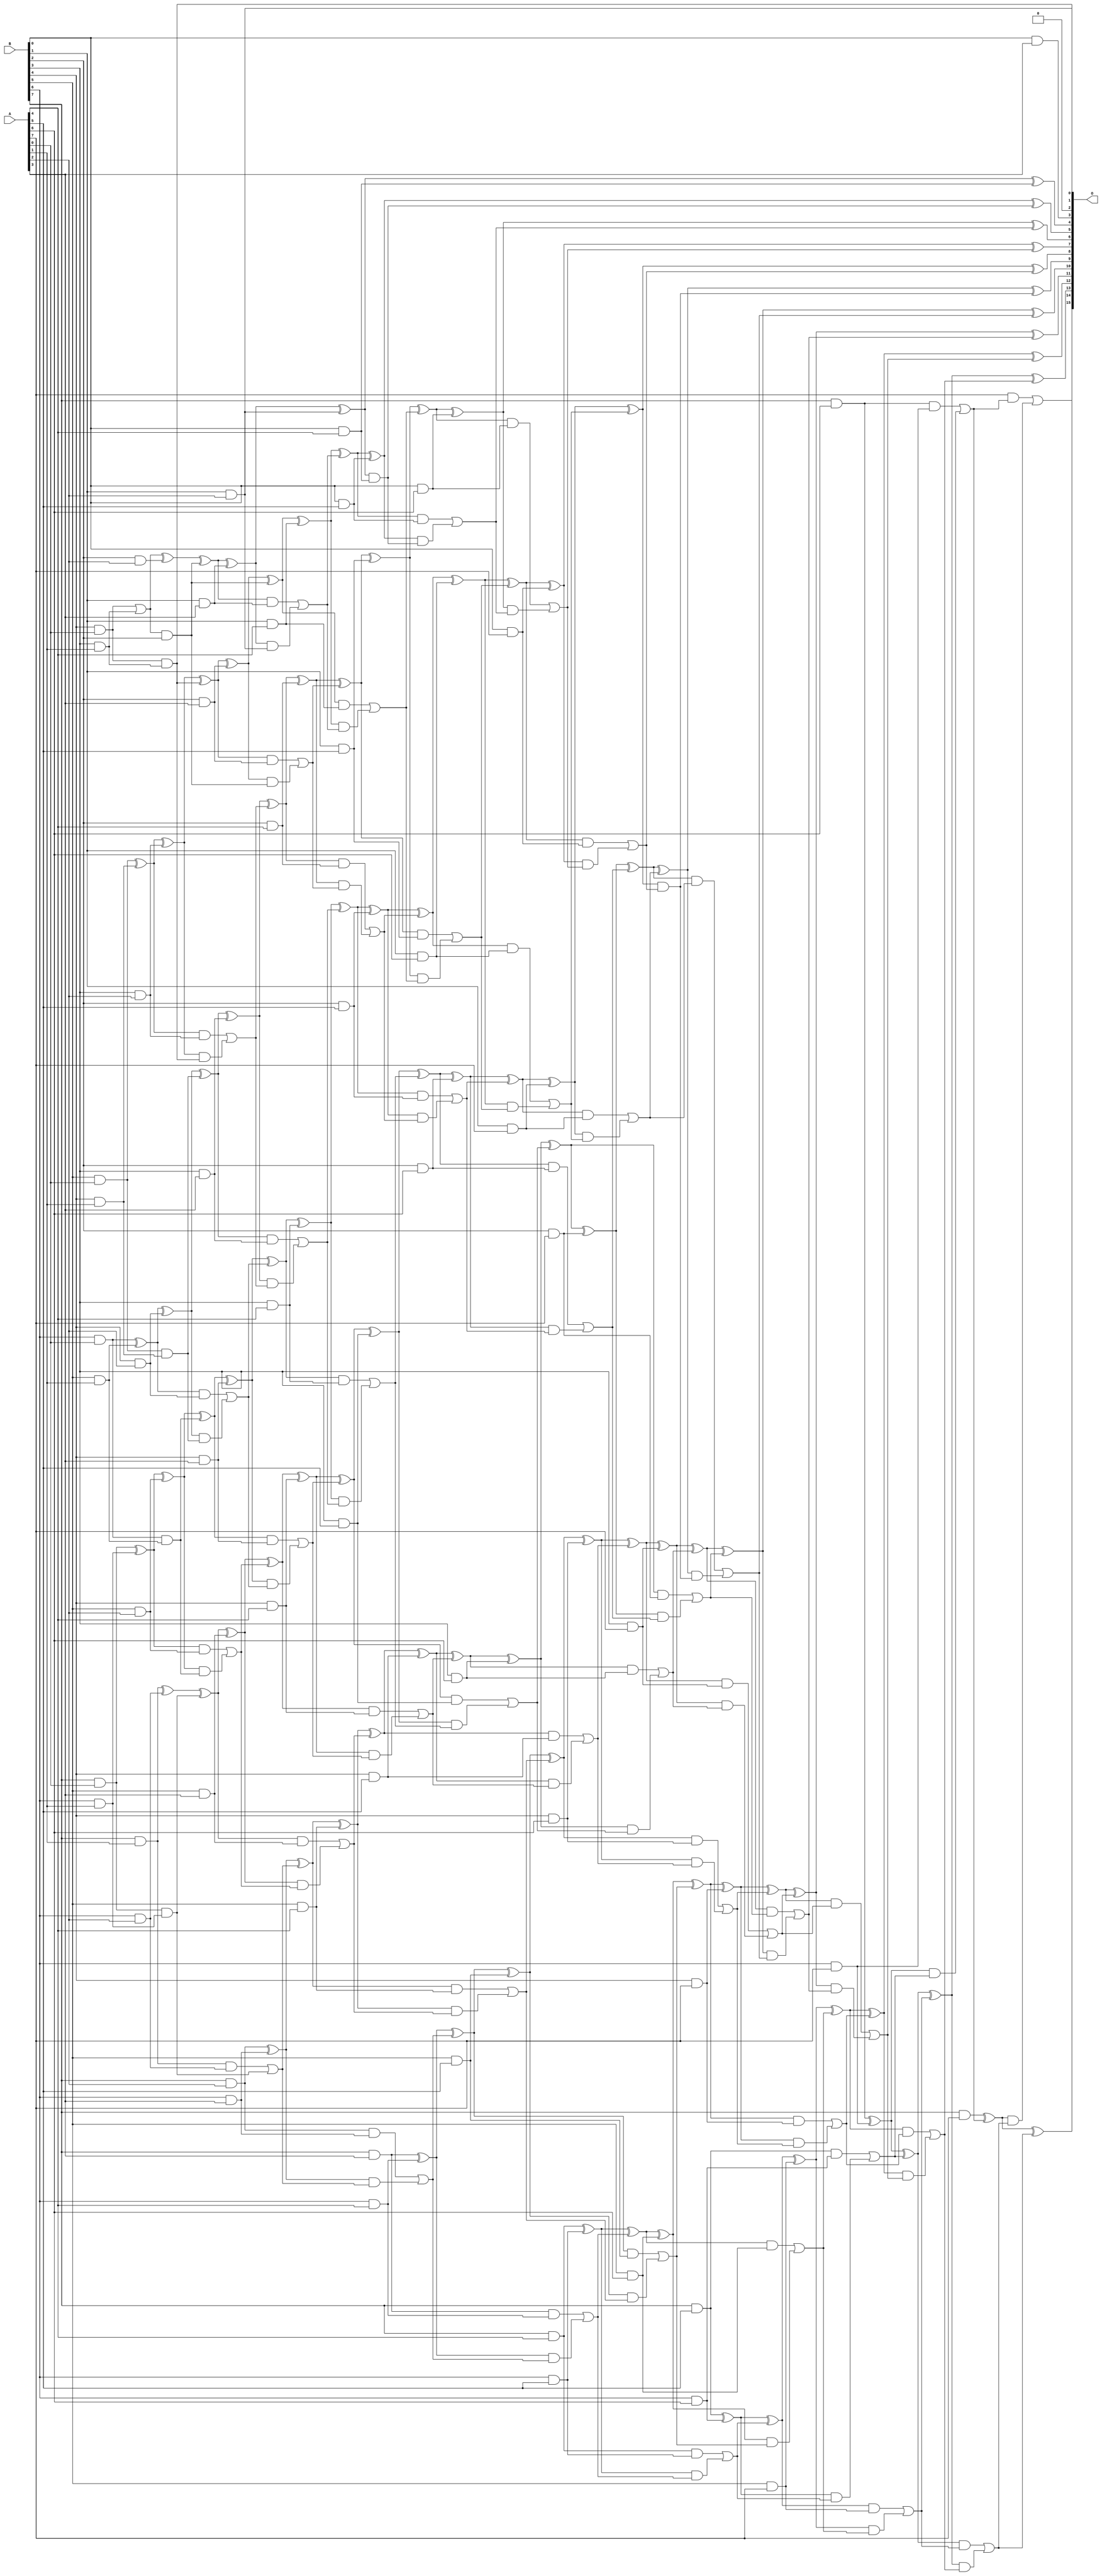
/***
* This code is a part of EvoApproxLib library (ehw.fit.vutbr.cz/approxlib) distributed under The MIT License.
* When used, please cite the following article(s): PRABAKARAN B. S., MRAZEK V., VASICEK Z., SEKANINA L., SHAFIQUE M. ApproxFPGAs: Embracing ASIC-based Approximate Arithmetic Components for FPGA-Based Systems. DAC 2020. 
***/
// MAE% = 0.0085 %
// MAE = 5.6 
// WCE% = 0.032 %
// WCE = 21 
// WCRE% = 125.00 %
// EP% = 75.00 %
// MRE% = 0.32 %
// MSE = 55 
// FPGA_POWER = 1.3
// FPGA_DELAY = 12
// FPGA_LUT = 72

module mul8u_78R (
    A,
    B,
    O
);

input [7:0] A;
input [7:0] B;
output [15:0] O;

wire sig_20,sig_21,sig_22,sig_23,sig_27,sig_28,sig_29,sig_30,sig_31,sig_38,sig_39,sig_40,sig_41,sig_42,sig_43,sig_44,sig_45,sig_47,sig_48,sig_49;
wire sig_50,sig_51,sig_52,sig_53,sig_64,sig_66,sig_67,sig_69,sig_70,sig_71,sig_72,sig_73,sig_74,sig_75,sig_76,sig_77,sig_78,sig_79,sig_80,sig_81;
wire sig_82,sig_83,sig_84,sig_85,sig_87,sig_88,sig_89,sig_90,sig_91,sig_92,sig_93,sig_94,sig_95,sig_96,sig_102,sig_103,sig_104,sig_105,sig_106,sig_107;
wire sig_108,sig_109,sig_110,sig_111,sig_112,sig_113,sig_114,sig_115,sig_116,sig_117,sig_118,sig_119,sig_120,sig_121,sig_122,sig_123,sig_124,sig_125,sig_126,sig_127;
wire sig_128,sig_129,sig_130,sig_131,sig_132,sig_133,sig_134,sig_135,sig_136,sig_137,sig_138,sig_139,sig_140,sig_141,sig_145,sig_146,sig_147,sig_148,sig_149,sig_150;
wire sig_151,sig_152,sig_153,sig_154,sig_155,sig_156,sig_157,sig_158,sig_159,sig_160,sig_161,sig_162,sig_163,sig_164,sig_165,sig_166,sig_167,sig_168,sig_169,sig_170;
wire sig_171,sig_172,sig_173,sig_174,sig_175,sig_176,sig_177,sig_178,sig_179,sig_180,sig_181,sig_182,sig_183,sig_184,sig_185,sig_186,sig_187,sig_188,sig_189,sig_190;
wire sig_191,sig_192,sig_193,sig_194,sig_195,sig_196,sig_197,sig_198,sig_199,sig_200,sig_201,sig_202,sig_203,sig_204,sig_205,sig_206,sig_207,sig_208,sig_209,sig_210;
wire sig_211,sig_212,sig_213,sig_214,sig_215,sig_216,sig_217,sig_218,sig_219,sig_220,sig_221,sig_222,sig_223,sig_224,sig_225,sig_226,sig_227,sig_228,sig_229,sig_230;
wire sig_231,sig_232,sig_233,sig_234,sig_235,sig_236,sig_237,sig_238,sig_239,sig_240,sig_241,sig_242,sig_243,sig_244,sig_245,sig_246,sig_247,sig_248,sig_249,sig_250;
wire sig_251,sig_252,sig_253,sig_254,sig_255,sig_256,sig_257,sig_258,sig_259,sig_260,sig_261,sig_262,sig_263,sig_264,sig_265,sig_266,sig_267,sig_268,sig_269,sig_270;
wire sig_271,sig_272,sig_273,sig_274,sig_275,sig_276,sig_277,sig_278,sig_279,sig_280,sig_281,sig_282,sig_283,sig_284,sig_285,sig_286,sig_287,sig_288,sig_289,sig_290;
wire sig_291,sig_292,sig_293,sig_294,sig_295,sig_296,sig_297,sig_298,sig_299,sig_300,sig_301,sig_302,sig_303,sig_304,sig_305,sig_306,sig_307,sig_308,sig_309,sig_310;
wire sig_311,sig_312,sig_313,sig_314,sig_315,sig_316,sig_317,sig_318,sig_319,sig_320,sig_321,sig_322,sig_323,sig_324,sig_325,sig_326,sig_327,sig_328,sig_329,sig_330;
wire sig_331,sig_332,sig_333,sig_334,sig_335;

assign sig_20 = B[4] & A[0];
assign sig_21 = B[5] & A[0];
assign sig_22 = B[6] & A[0];
assign sig_23 = B[7] & A[0];
assign sig_27 = B[3] & A[1];
assign sig_28 = B[4] & A[1];
assign sig_29 = B[5] & A[1];
assign sig_30 = B[6] & A[1];
assign sig_31 = B[7] & A[1];
assign sig_38 = sig_20 | sig_27;
assign sig_39 = sig_20 & sig_27;
assign sig_40 = sig_21 ^ sig_28;
assign sig_41 = sig_21 & sig_28;
assign sig_42 = sig_22 ^ sig_29;
assign sig_43 = sig_22 & sig_29;
assign sig_44 = sig_23 ^ sig_30;
assign sig_45 = sig_23 & sig_30;
assign sig_47 = B[1] & A[2];
assign sig_48 = B[2] & A[2];
assign sig_49 = B[3] & A[2];
assign sig_50 = B[4] & A[2];
assign sig_51 = B[5] & A[2];
assign sig_52 = B[6] & A[2];
assign sig_53 = B[7] & A[2];
assign sig_64 = sig_38 ^ sig_48;
assign sig_66 = sig_38 & B[2];
assign sig_67 = sig_64 ^ sig_66;
assign sig_69 = sig_40 ^ sig_49;
assign sig_70 = sig_40 & sig_49;
assign sig_71 = sig_69 & sig_39;
assign sig_72 = sig_69 ^ sig_39;
assign sig_73 = sig_70 | sig_71;
assign sig_74 = sig_42 ^ sig_50;
assign sig_75 = sig_42 & sig_50;
assign sig_76 = sig_74 & sig_41;
assign sig_77 = sig_74 ^ sig_41;
assign sig_78 = sig_75 | sig_76;
assign sig_79 = sig_44 ^ sig_51;
assign sig_80 = sig_44 & sig_51;
assign sig_81 = sig_79 & sig_43;
assign sig_82 = sig_79 ^ sig_43;
assign sig_83 = sig_80 | sig_81;
assign sig_84 = sig_31 ^ sig_52;
assign sig_85 = sig_31 & sig_52;
assign sig_87 = sig_84 ^ sig_45;
assign sig_88 = sig_85 | sig_45;
assign sig_89 = B[0] & A[3];
assign sig_90 = B[1] & A[3];
assign sig_91 = B[2] & A[3];
assign sig_92 = B[3] & A[3];
assign sig_93 = B[4] & A[3];
assign sig_94 = B[5] & A[3];
assign sig_95 = B[6] & A[3];
assign sig_96 = B[7] & A[3];
assign sig_102 = sig_67 ^ sig_90;
assign sig_103 = sig_67 & sig_90;
assign sig_104 = sig_102 & sig_47;
assign sig_105 = sig_102 ^ sig_47;
assign sig_106 = sig_103 | sig_104;
assign sig_107 = sig_72 ^ sig_91;
assign sig_108 = sig_72 & sig_91;
assign sig_109 = sig_107 & sig_66;
assign sig_110 = sig_107 ^ sig_66;
assign sig_111 = sig_108 | sig_109;
assign sig_112 = sig_77 ^ sig_92;
assign sig_113 = sig_77 & sig_92;
assign sig_114 = sig_112 & sig_73;
assign sig_115 = sig_112 ^ sig_73;
assign sig_116 = sig_113 | sig_114;
assign sig_117 = sig_82 ^ sig_93;
assign sig_118 = sig_82 & sig_93;
assign sig_119 = sig_117 & sig_78;
assign sig_120 = sig_117 ^ sig_78;
assign sig_121 = sig_118 | sig_119;
assign sig_122 = sig_87 ^ sig_94;
assign sig_123 = sig_87 & sig_94;
assign sig_124 = sig_122 & sig_83;
assign sig_125 = sig_122 ^ sig_83;
assign sig_126 = sig_123 | sig_124;
assign sig_127 = sig_53 ^ sig_95;
assign sig_128 = sig_53 & sig_95;
assign sig_129 = sig_127 & sig_88;
assign sig_130 = sig_127 ^ sig_88;
assign sig_131 = sig_128 | sig_129;
assign sig_132 = B[0] & A[4];
assign sig_133 = B[1] & A[4];
assign sig_134 = B[2] & A[4];
assign sig_135 = B[3] & A[4];
assign sig_136 = B[4] & A[4];
assign sig_137 = B[5] & A[4];
assign sig_138 = B[6] & A[4];
assign sig_139 = B[7] & A[4];
assign sig_140 = sig_105 ^ sig_132;
assign sig_141 = sig_105 & sig_132;
assign sig_145 = sig_110 ^ sig_133;
assign sig_146 = sig_110 & sig_133;
assign sig_147 = sig_145 & sig_106;
assign sig_148 = sig_145 ^ sig_106;
assign sig_149 = sig_146 | sig_147;
assign sig_150 = sig_115 ^ sig_134;
assign sig_151 = sig_115 & sig_134;
assign sig_152 = sig_150 & sig_111;
assign sig_153 = sig_150 ^ sig_111;
assign sig_154 = sig_151 | sig_152;
assign sig_155 = sig_120 ^ sig_135;
assign sig_156 = sig_120 & sig_135;
assign sig_157 = sig_155 & sig_116;
assign sig_158 = sig_155 ^ sig_116;
assign sig_159 = sig_156 | sig_157;
assign sig_160 = sig_125 ^ sig_136;
assign sig_161 = sig_125 & sig_136;
assign sig_162 = sig_160 & sig_121;
assign sig_163 = sig_160 ^ sig_121;
assign sig_164 = sig_161 | sig_162;
assign sig_165 = sig_130 ^ sig_137;
assign sig_166 = sig_130 & sig_137;
assign sig_167 = sig_165 & sig_126;
assign sig_168 = sig_165 ^ sig_126;
assign sig_169 = sig_166 | sig_167;
assign sig_170 = sig_96 ^ sig_138;
assign sig_171 = sig_96 & sig_138;
assign sig_172 = sig_170 & sig_131;
assign sig_173 = sig_170 ^ sig_131;
assign sig_174 = sig_171 | sig_172;
assign sig_175 = B[0] & A[5];
assign sig_176 = B[1] & A[5];
assign sig_177 = B[2] & A[5];
assign sig_178 = B[3] & A[5];
assign sig_179 = B[4] & A[5];
assign sig_180 = B[5] & A[5];
assign sig_181 = B[6] & A[5];
assign sig_182 = B[7] & A[5];
assign sig_183 = sig_148 ^ sig_175;
assign sig_184 = sig_148 & sig_175;
assign sig_185 = sig_183 & sig_141;
assign sig_186 = sig_183 ^ sig_141;
assign sig_187 = sig_184 | sig_185;
assign sig_188 = sig_153 ^ sig_176;
assign sig_189 = sig_153 & sig_176;
assign sig_190 = sig_188 & sig_149;
assign sig_191 = sig_188 ^ sig_149;
assign sig_192 = sig_189 | sig_190;
assign sig_193 = sig_158 ^ sig_177;
assign sig_194 = sig_158 & sig_177;
assign sig_195 = sig_193 & sig_154;
assign sig_196 = sig_193 ^ sig_154;
assign sig_197 = sig_194 | sig_195;
assign sig_198 = sig_163 ^ sig_178;
assign sig_199 = sig_163 & sig_178;
assign sig_200 = sig_198 & sig_159;
assign sig_201 = sig_198 ^ sig_159;
assign sig_202 = sig_199 | sig_200;
assign sig_203 = sig_168 ^ sig_179;
assign sig_204 = sig_168 & sig_179;
assign sig_205 = sig_203 & sig_164;
assign sig_206 = sig_203 ^ sig_164;
assign sig_207 = sig_204 | sig_205;
assign sig_208 = sig_173 ^ sig_180;
assign sig_209 = sig_173 & sig_180;
assign sig_210 = sig_208 & sig_169;
assign sig_211 = sig_208 ^ sig_169;
assign sig_212 = sig_209 | sig_210;
assign sig_213 = sig_139 ^ sig_181;
assign sig_214 = sig_139 & sig_181;
assign sig_215 = sig_213 & sig_174;
assign sig_216 = sig_213 ^ sig_174;
assign sig_217 = sig_214 | sig_215;
assign sig_218 = B[0] & A[6];
assign sig_219 = B[1] & A[6];
assign sig_220 = B[2] & A[6];
assign sig_221 = B[3] & A[6];
assign sig_222 = B[4] & A[6];
assign sig_223 = B[5] & A[6];
assign sig_224 = B[6] & A[6];
assign sig_225 = B[7] & A[6];
assign sig_226 = sig_191 ^ sig_218;
assign sig_227 = sig_191 & sig_218;
assign sig_228 = sig_226 & sig_187;
assign sig_229 = sig_226 ^ sig_187;
assign sig_230 = sig_227 | sig_228;
assign sig_231 = sig_196 ^ sig_219;
assign sig_232 = sig_196 & sig_219;
assign sig_233 = sig_231 & sig_192;
assign sig_234 = sig_231 ^ sig_192;
assign sig_235 = sig_232 | sig_233;
assign sig_236 = sig_201 ^ sig_220;
assign sig_237 = sig_201 & sig_220;
assign sig_238 = sig_236 & sig_197;
assign sig_239 = sig_236 ^ sig_197;
assign sig_240 = sig_237 | sig_238;
assign sig_241 = sig_206 ^ sig_221;
assign sig_242 = sig_206 & sig_221;
assign sig_243 = sig_241 & sig_202;
assign sig_244 = sig_241 ^ sig_202;
assign sig_245 = sig_242 | sig_243;
assign sig_246 = sig_211 ^ sig_222;
assign sig_247 = sig_211 & sig_222;
assign sig_248 = sig_246 & sig_207;
assign sig_249 = sig_246 ^ sig_207;
assign sig_250 = sig_247 | sig_248;
assign sig_251 = sig_216 ^ sig_223;
assign sig_252 = sig_216 & sig_223;
assign sig_253 = sig_251 & sig_212;
assign sig_254 = sig_251 ^ sig_212;
assign sig_255 = sig_252 | sig_253;
assign sig_256 = sig_182 ^ sig_224;
assign sig_257 = sig_182 & sig_224;
assign sig_258 = sig_256 & sig_217;
assign sig_259 = sig_256 ^ sig_217;
assign sig_260 = sig_257 | sig_258;
assign sig_261 = B[0] & A[7];
assign sig_262 = B[1] & A[7];
assign sig_263 = B[2] & A[7];
assign sig_264 = B[3] & A[7];
assign sig_265 = B[4] & A[7];
assign sig_266 = B[5] & A[7];
assign sig_267 = B[6] & A[7];
assign sig_268 = B[7] & A[7];
assign sig_269 = sig_234 ^ sig_261;
assign sig_270 = sig_234 & sig_261;
assign sig_271 = sig_269 & sig_230;
assign sig_272 = sig_269 ^ sig_230;
assign sig_273 = sig_270 | sig_271;
assign sig_274 = sig_239 ^ sig_262;
assign sig_275 = sig_239 & sig_262;
assign sig_276 = sig_274 & sig_235;
assign sig_277 = sig_274 ^ sig_235;
assign sig_278 = sig_275 | sig_276;
assign sig_279 = sig_244 ^ sig_263;
assign sig_280 = sig_244 & sig_263;
assign sig_281 = sig_279 & sig_240;
assign sig_282 = sig_279 ^ sig_240;
assign sig_283 = sig_280 | sig_281;
assign sig_284 = sig_249 ^ sig_264;
assign sig_285 = sig_249 & sig_264;
assign sig_286 = sig_284 & sig_245;
assign sig_287 = sig_284 ^ sig_245;
assign sig_288 = sig_285 | sig_286;
assign sig_289 = sig_254 ^ sig_265;
assign sig_290 = sig_254 & sig_265;
assign sig_291 = sig_289 & sig_250;
assign sig_292 = sig_289 ^ sig_250;
assign sig_293 = sig_290 | sig_291;
assign sig_294 = sig_259 ^ sig_266;
assign sig_295 = sig_259 & sig_266;
assign sig_296 = sig_294 & sig_255;
assign sig_297 = sig_294 ^ sig_255;
assign sig_298 = sig_295 | sig_296;
assign sig_299 = sig_225 ^ sig_267;
assign sig_300 = sig_225 & sig_267;
assign sig_301 = sig_299 & sig_260;
assign sig_302 = sig_299 ^ sig_260;
assign sig_303 = sig_300 | sig_301;
assign sig_304 = sig_277 ^ sig_273;
assign sig_305 = sig_277 & sig_273;
assign sig_306 = sig_282 ^ sig_278;
assign sig_307 = sig_282 & sig_278;
assign sig_308 = sig_306 & sig_305;
assign sig_309 = sig_306 ^ sig_305;
assign sig_310 = sig_307 | sig_308;
assign sig_311 = sig_287 ^ sig_283;
assign sig_312 = sig_287 & sig_283;
assign sig_313 = sig_311 & sig_310;
assign sig_314 = sig_311 ^ sig_310;
assign sig_315 = sig_312 | sig_313;
assign sig_316 = sig_292 ^ sig_288;
assign sig_317 = sig_292 & sig_288;
assign sig_318 = sig_316 & sig_315;
assign sig_319 = sig_316 ^ sig_315;
assign sig_320 = sig_317 | sig_318;
assign sig_321 = sig_297 ^ sig_293;
assign sig_322 = sig_297 & sig_293;
assign sig_323 = sig_321 & sig_320;
assign sig_324 = sig_321 ^ sig_320;
assign sig_325 = sig_322 | sig_323;
assign sig_326 = sig_302 ^ sig_298;
assign sig_327 = sig_302 & sig_298;
assign sig_328 = sig_326 & sig_325;
assign sig_329 = sig_326 ^ sig_325;
assign sig_330 = sig_327 | sig_328;
assign sig_331 = sig_268 ^ sig_303;
assign sig_332 = A[7] & sig_303;
assign sig_333 = sig_331 & sig_330;
assign sig_334 = sig_331 ^ sig_330;
assign sig_335 = sig_332 | sig_333;

assign O[15] = sig_335;
assign O[14] = sig_334;
assign O[13] = sig_329;
assign O[12] = sig_324;
assign O[11] = sig_319;
assign O[10] = sig_314;
assign O[9] = sig_309;
assign O[8] = sig_304;
assign O[7] = sig_272;
assign O[6] = sig_229;
assign O[5] = sig_186;
assign O[4] = sig_140;
assign O[3] = sig_89;
assign O[2] = 1'b0;
assign O[1] = sig_47;
assign O[0] = sig_39;

endmodule